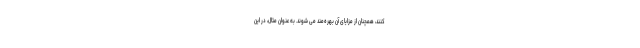
کنند، همچنان از مزایای آن بهره‌مند می شوند. به عنوان مثال، در این